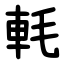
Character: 軞